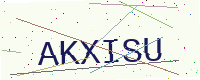
Text: AKXISU